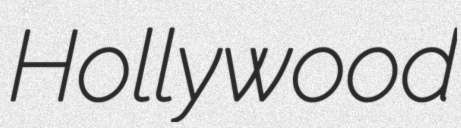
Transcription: Hollywood